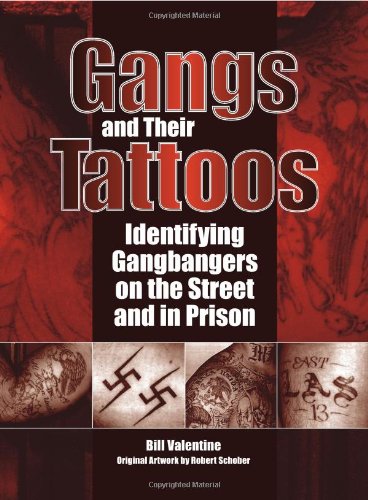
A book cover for Gangs and Their Tattoos: Identifying Gangbangers on the Street and in Prison; Bill Valentine; Arts & Photography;